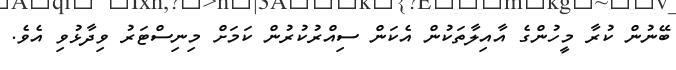
ބޭނުން ކުރާ މީހުންގެ އާއިލާތަކުން އެކަން ސިއްރުކުރުން ކަމަށް މިނިސްޓަރު ވިދާޅުވި އެވެ.